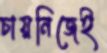
চায়নিজেই